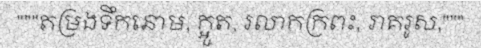
"""តម្រងទឹកនោម, ក្អួត, រលាកក្រពះ, រាគរូស,"""